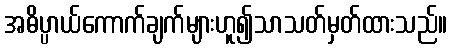
အဓိပ္ပာယ်ကောက်ချက်များဟူ၍သာသတ်မှတ်ထားသည်။